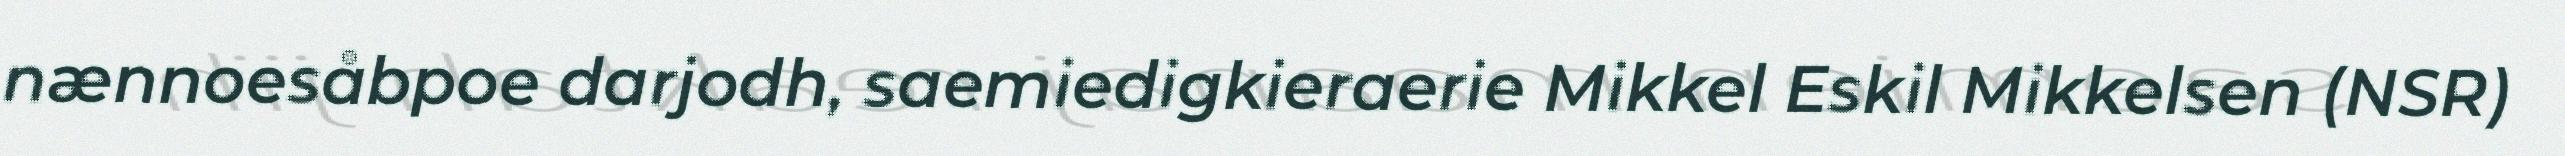
nænnoesåbpoe darjodh, saemiedigkieraerie Mikkel Eskil Mikkelsen (NSR)